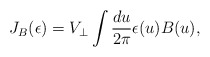
\begin{align*}J_B(\epsilon) = V_\perp \int {du \over 2\pi }\epsilon(u) B(u),\end{align*}